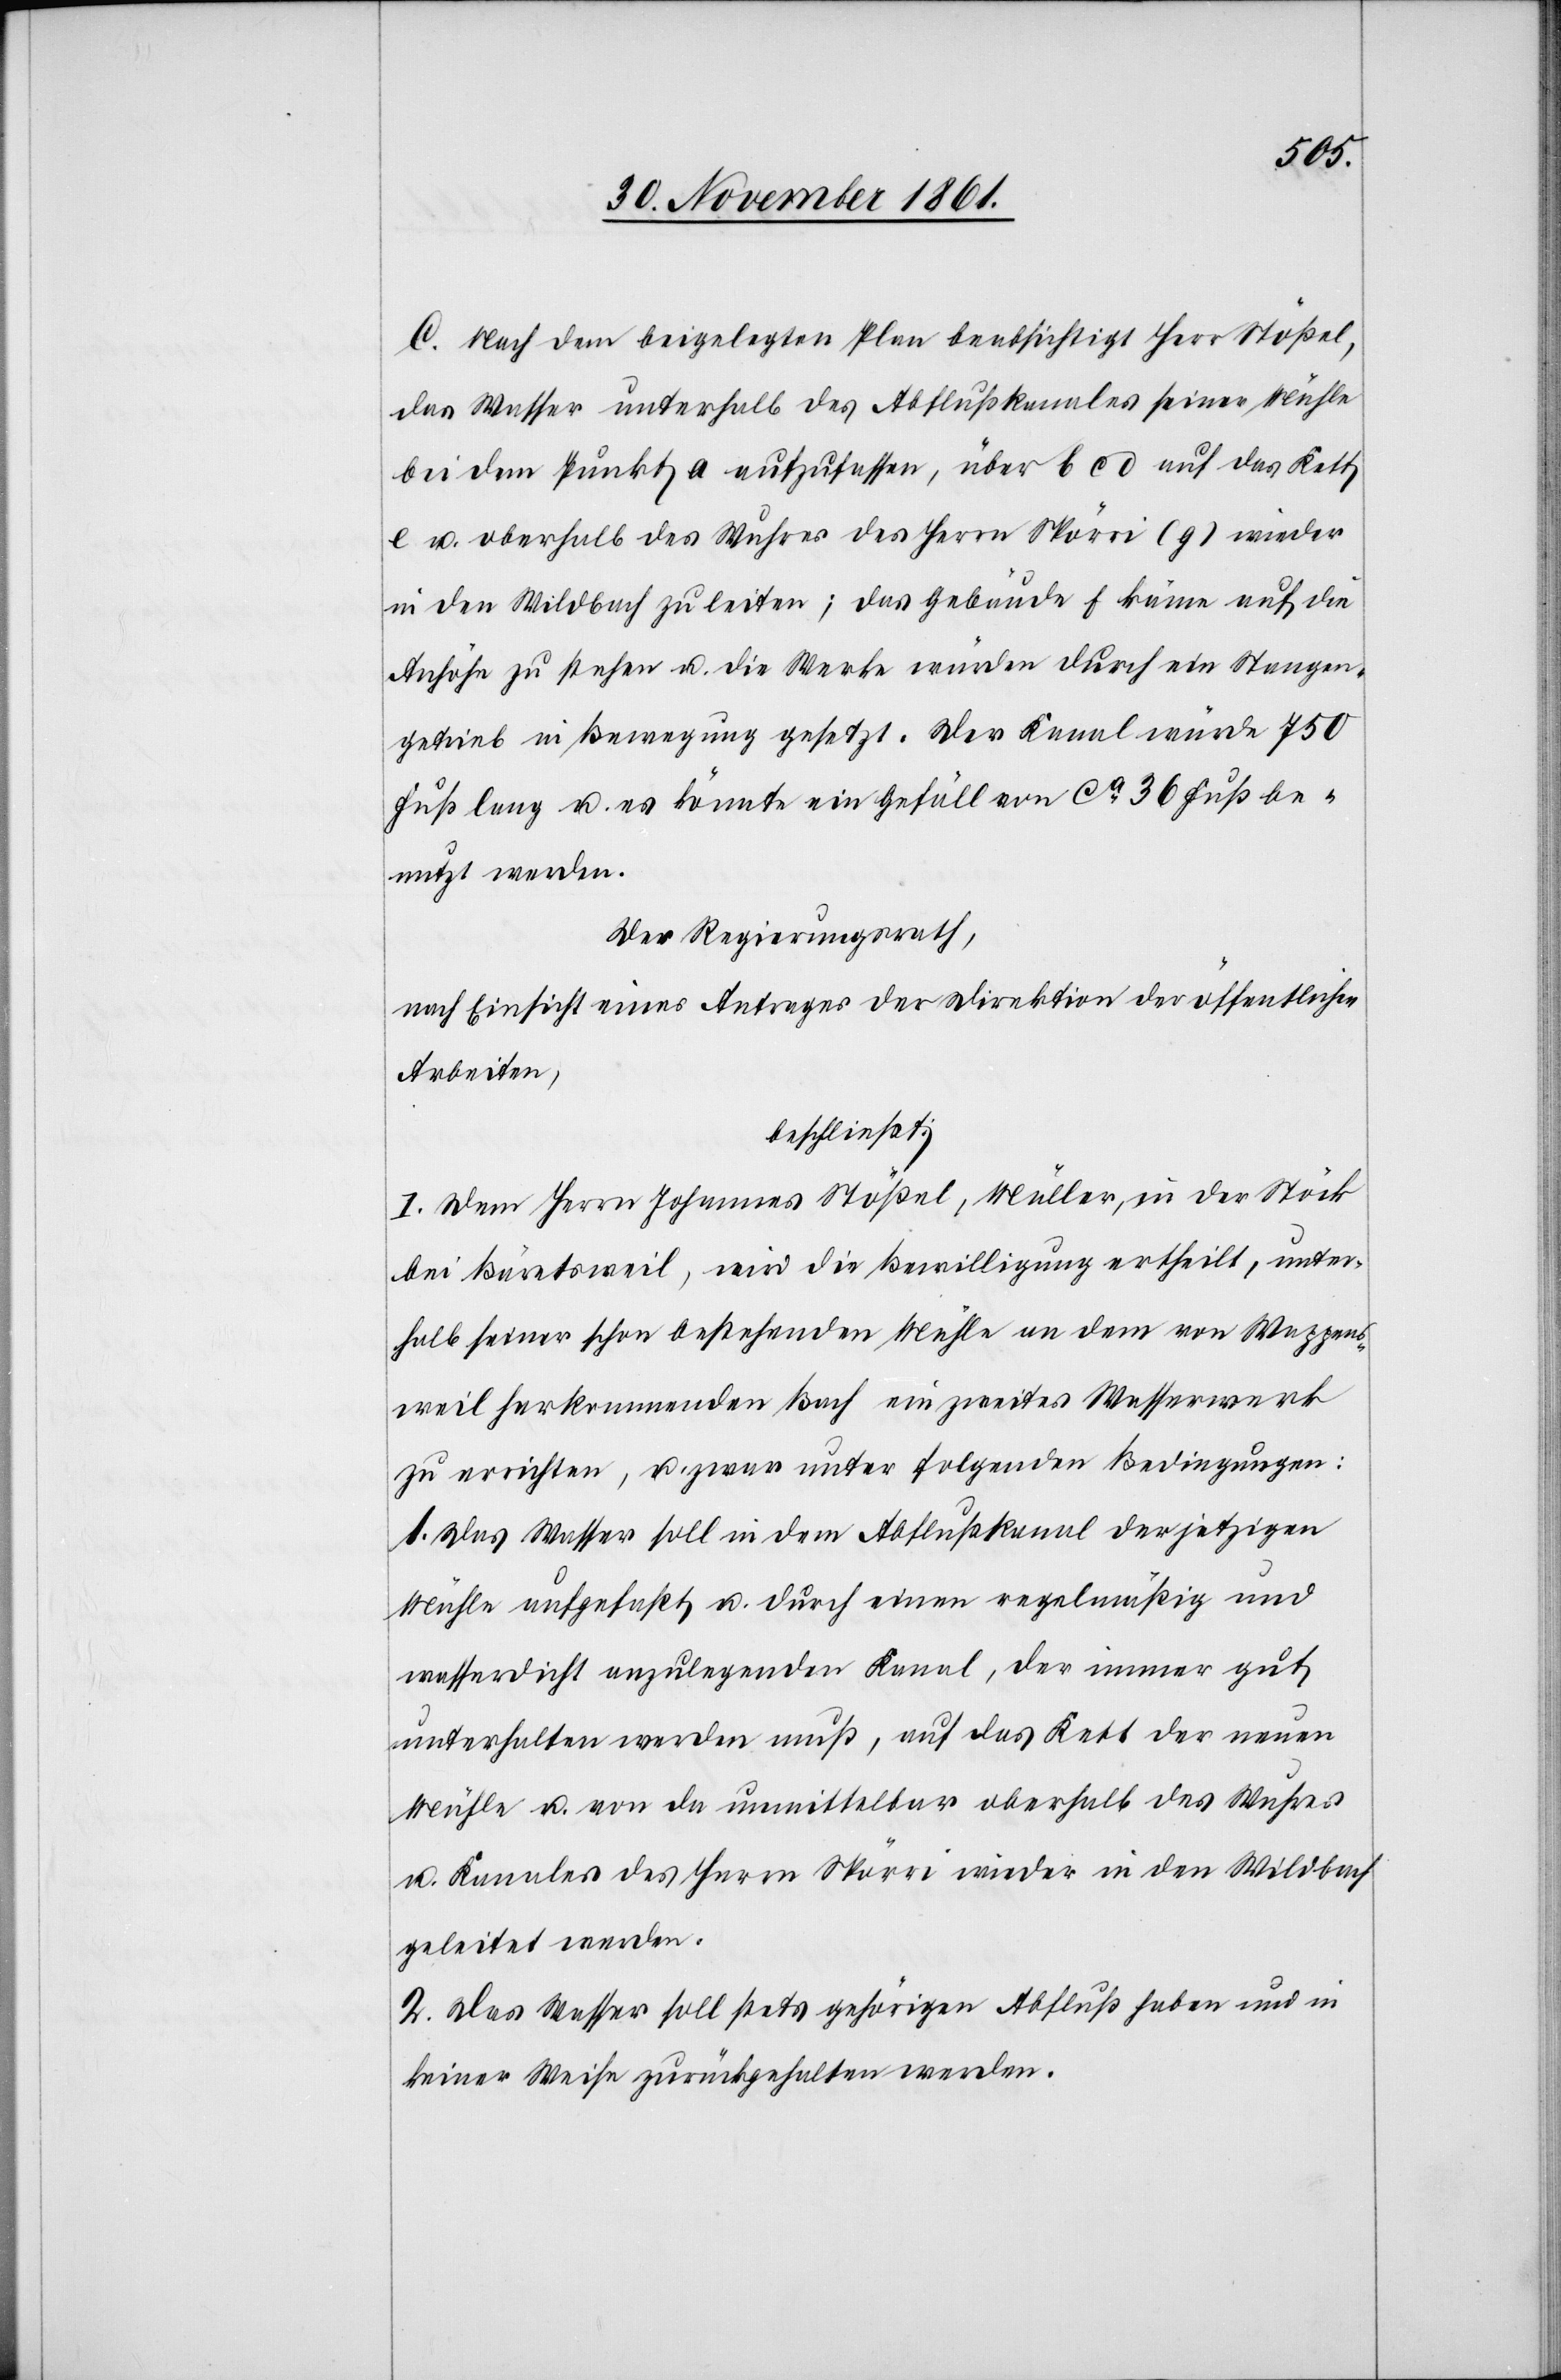
C. Nach dem beigelegten Plan beabsichtigt Herr Stößel,
das Wasser unterhalb des Abflußkanales seiner Mühle
bei dem Punkt a aufzufassen, über b c d auf den Kett
e u. oberhalb des Wuhres des Herrn Spörri (g) wieder
in den Wildbach zu leiten; das Gebäude f käme auf die
Anhöhe zu stehen u. die Werke würden durch ein Stangen¬
getrieb in Bewegung gesetzt. Der Kanal würde 750
Fuß lang u. es könnte ein Gefäll von ca 36 Fuß be¬
nutzt werden.
Der Regierungsrath,
nach Einsicht eines Antrages der Direktion der öffentlichen
Arbeiten,
beschließt:
I. Dem Herrn Johannes Stößel, Müller, in der Stöck
bei Bäretsweil, wird die Bewilligung ertheilt, unter¬
halb seiner schon bestehenden Mühle an dem von Wappens¬
weil herkommenden Bach ein zweites Wasserwerk
zu errichten, u. zwar unter folgenden Bedingungen:
1. Das Wasser soll in dem Abflußkanal der jetzigen
Mühle aufgefaßt u. durch einen regelmäßig und
wasserdicht anzulegenden Kanal, der immer gut
unterhalten werden muß, auf das Kett der neuen
Mühle u. von da unmittelbar oberhalb des Wuhres
u. Kanales des Herrn Spörri wieder in den Wildbach
geleitet werden.
2. Das Wasser soll stets gehörigen Abfluß haben und in
keiner Weise zurückgehalten werden.